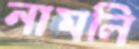
নামলি